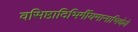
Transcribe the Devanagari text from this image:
वसिष्ठादिभिर्गीयमानाभिधेये